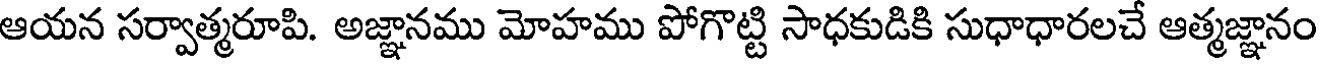
ఆయన సర్వాత్మరూపి. అజ్ఞానము మోహము పోగొట్టి సాధకుడికి సుధాధారలచే ఆత్మజ్ఞానం